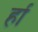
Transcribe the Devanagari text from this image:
र्हा